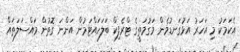
އެކަމަކު މި އަހަރު އަޅުގަނޑުމެން މަގުމަތީގެ ޓްރެފިކް ބަލަހައްޓަމުން އަންނަ ގޮތުން މައްސަލަތައް